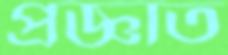
প্রজ্ঞাত